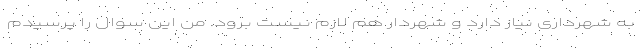
به شهرداری نیاز دارد و شهردار هم لازم نیست برود. من این سوال را پرسیدم